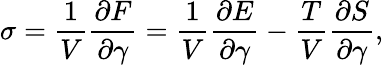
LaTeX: \sigma=\frac{1}{V}\frac{\partial F}{\partial\gamma}=\frac{1}{V}\frac{\partial E}{\partial\gamma}-\frac{T}{V}\frac{\partial S}{\partial\gamma},